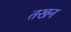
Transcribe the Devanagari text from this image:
तखन